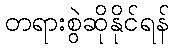
တရားစွဲဆိုနိုင်ရန်